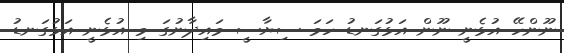
ނޫންހޭ އުޅެނީ ނޫން އަޅުގަނޑު ހަމަ ސިޔާސީ މައިދާނުގަ މި އުޅެނީ އަޅުގަނޑު